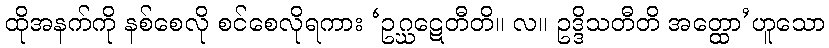
ထိုအနက်ကို နစ်စေလို စင်စေလိုရကား ‘ဥဂ္ဃဋေတီတိ။ လ။ ဥဒ္ဒိသတီတိ အတ္ထော’ဟူသော